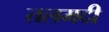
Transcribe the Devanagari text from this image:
तलमदी